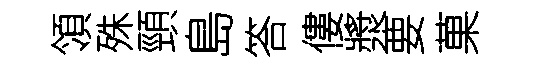
領殊頸島答僂漿要菓